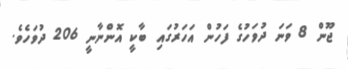
ޖޫން 8 ވަނަ ދުވަހުގެ ފަހުން އަހަރުގައި ބާކީ އޮންނާނީ 206 ދުވަހެވެ.